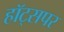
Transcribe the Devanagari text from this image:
हॉट्सपर